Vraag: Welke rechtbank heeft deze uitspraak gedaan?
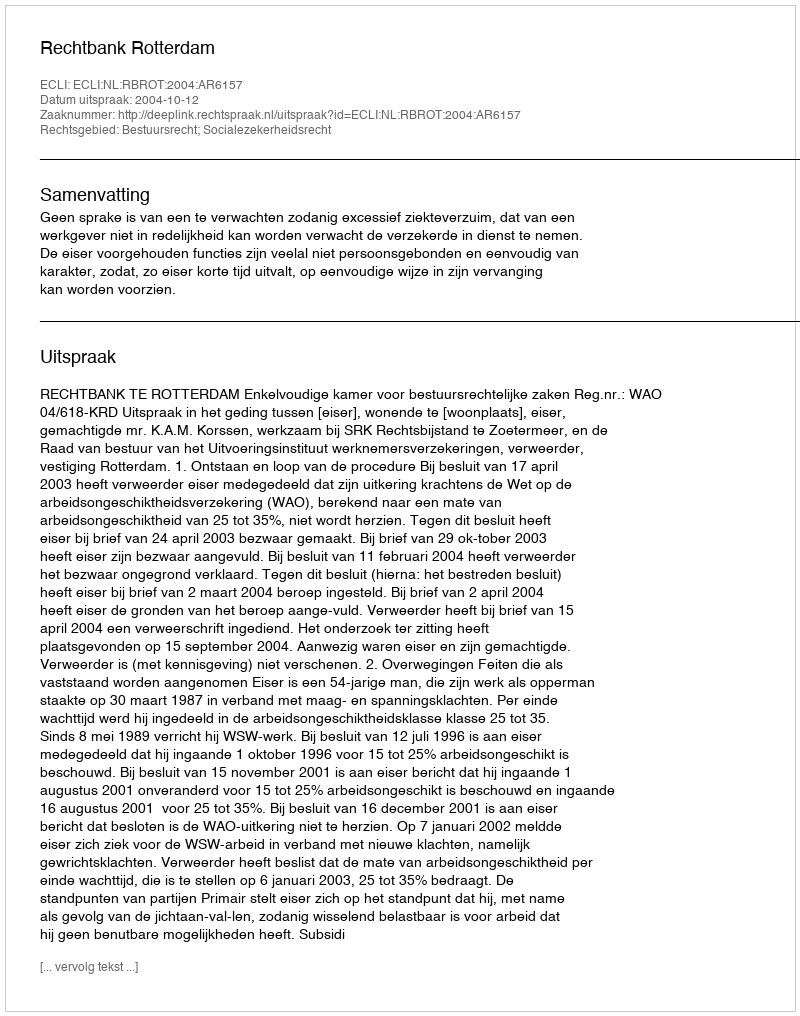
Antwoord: Rechtbank Rotterdam